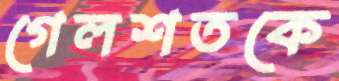
গেলশতকে